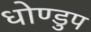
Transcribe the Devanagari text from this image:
धोण्डुप